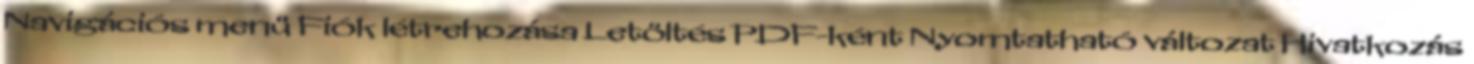
Navigációs menü Fiók létrehozása Letöltés PDF-ként Nyomtatható változat Hivatkozás